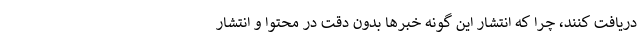
دریافت کنند، چرا که انتشار این گونه خبرها بدون دقت در محتوا و انتشار